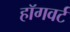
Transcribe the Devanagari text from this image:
हॉगवर्ट